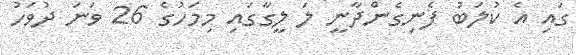
ގައި އެ ކުލަބު ފެނިގެންދާނީ ލަ ލީގާގައި މިމަހުގެ 26 ވަނަ ދުވަހު